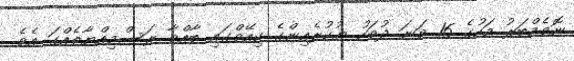
ނޮވެމްބަރު މަހުގެ 16 ވަނަ ދުވަހު ޔުކުރެއިންގެ ކިއޭވްގައި ބާއްވާ ރަސްމިއްޔާތެއްގަ އެވެ.